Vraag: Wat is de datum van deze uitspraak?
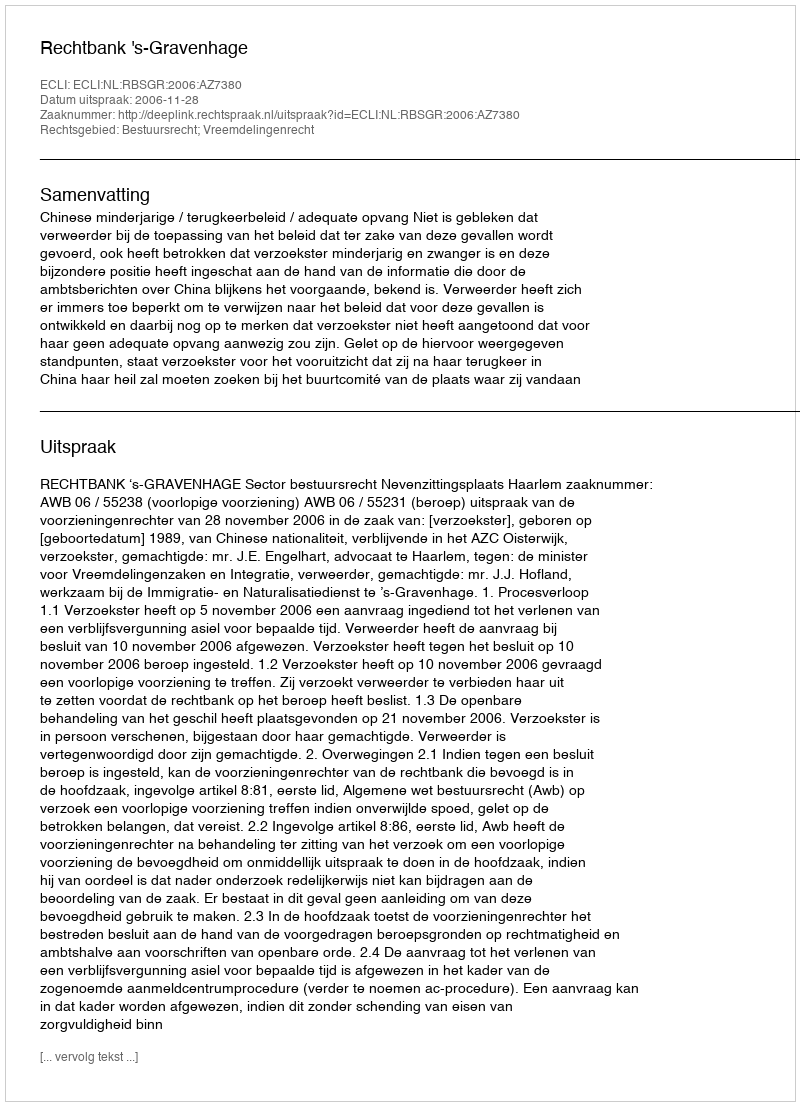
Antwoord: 2006-11-28